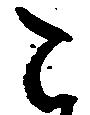
こ